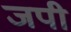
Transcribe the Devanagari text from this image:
जपी